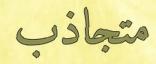
متجاذب